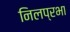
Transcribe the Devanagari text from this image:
निलप्रभा